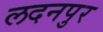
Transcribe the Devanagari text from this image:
लदनपुर